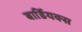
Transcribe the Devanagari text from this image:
बार्डियक्स